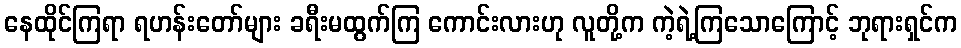
နေထိုင်ကြရာ ရဟန်းတော်များ ခရီးမထွက်ကြ ကောင်းလားဟု လူတို့က ကဲ့ရဲ့ကြသောကြောင့် ဘုရားရှင်က